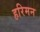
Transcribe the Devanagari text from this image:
हरिमन